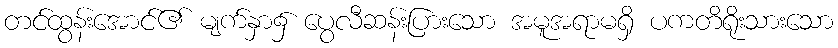
တင်ထွန်းအောင်၏ မျက်နှာ၌ ပွေလီဆန်းပြားသော အမူအရာမရှိ ပကတိရိုးသားသော